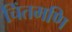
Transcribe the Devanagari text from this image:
चिंतमणि